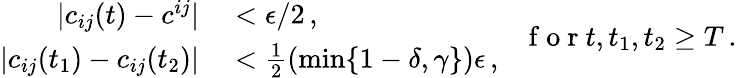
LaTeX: \begin{array}{rl}{|c_{ij}(t)-c^{ij}|}&{{}<\epsilon/2\, ,}\\ {|c_{ij}(t_{1})-c_{ij}(t_{2})|}&{{}<\frac{1}{2}\left(\operatorname*{min}\{ 1-\delta,\gamma\} \right)\epsilon\, ,}\end{array}\quad\! \mathrm{~f~o~r~}t,t_{1},t_{2}\geq T\, .